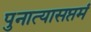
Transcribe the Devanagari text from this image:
पुनात्यासप्तमं